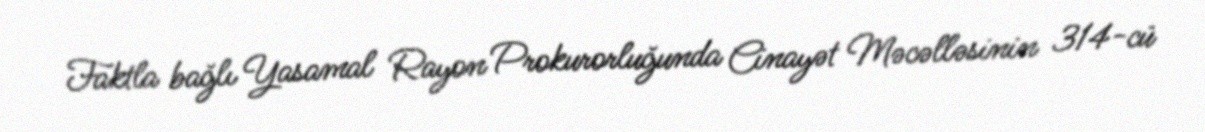
Faktla bağlı Yasamal Rayon Prokurorluğunda Cinayət Məcəlləsinin 314-cü